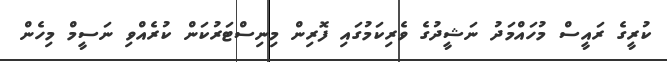
ކުރީގެ ރައީސް މުހައްމަދު ނަޝީދުގެ ވެރިކަމުގައި ފޮރިން މިނިސްޓަރުކަން ކުރެއްވި ނަސީމް މިހެން